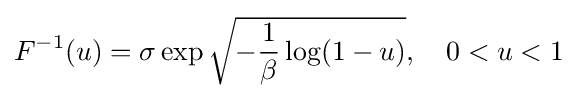
F^{-1}(u)=\sigma \exp {\sqrt {-{\frac {1}{\beta }}\log(1-u)}},\quad 0<u<1